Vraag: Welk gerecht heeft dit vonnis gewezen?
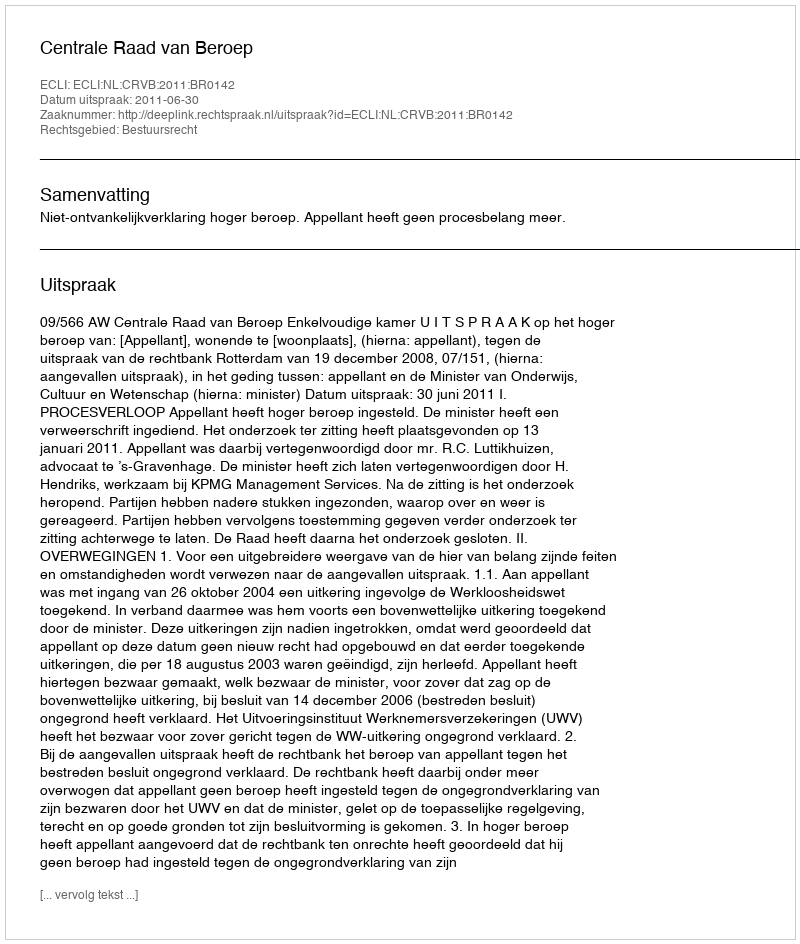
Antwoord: Centrale Raad van Beroep